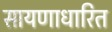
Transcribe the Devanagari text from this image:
सायणाधारित